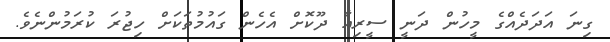
ގިނަ އަދަދެއްގެ މީހުން ދަނީ ސީރިއާ ދޫކޮށް އެހެން ގައުމުތަކަށް ހިޖުރަ ކުރަމުންނެވެ.